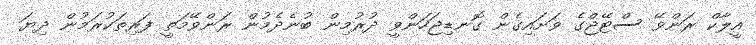
އީލާކް ރަންވޭ ސްޓޭޖްގެ ވަށައިގެން ގޮނޑިޖަހަންވީ ދުރުމިން ބުނެދެމުން ރަންވޭމަތީ ފަރިތަކުރަމުން ދިޔަ